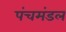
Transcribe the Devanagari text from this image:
पंचमंडल